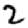
Digit: 2